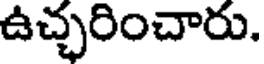
ఉచ్చరించారు.